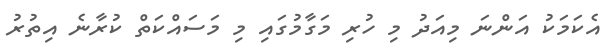
އެކަމަކު އަންނަ މިއަދު މި ހުރި މަގާމުގައި މި މަސައްކަތް ކުރާނެ އިތުރު